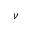
\boldsymbol { \nu }